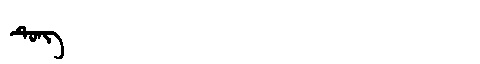
Manchu: ᡨᡠᠩ
Romanization: TUNG